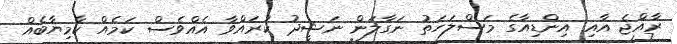
ރާއްޖެ އާއި އިންޑިއާގެ މަސްލަހަތު ނަގާލަން ނަޝީދު ކުރައްވާ އެއްވެސް ކަމެއް ކާމިޔާބެއް